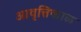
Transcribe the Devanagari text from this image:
आवृत्तिकाळ